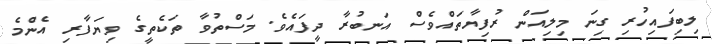
ލިބިފައިހުރި ގިނަ މިލިއަން ރުފިޔާތައްވެސް އަނބުރާ ދީފައެވެ. މަސްތުވާ ތަކެތީގެ ވިޔަފާރި އެންމެ